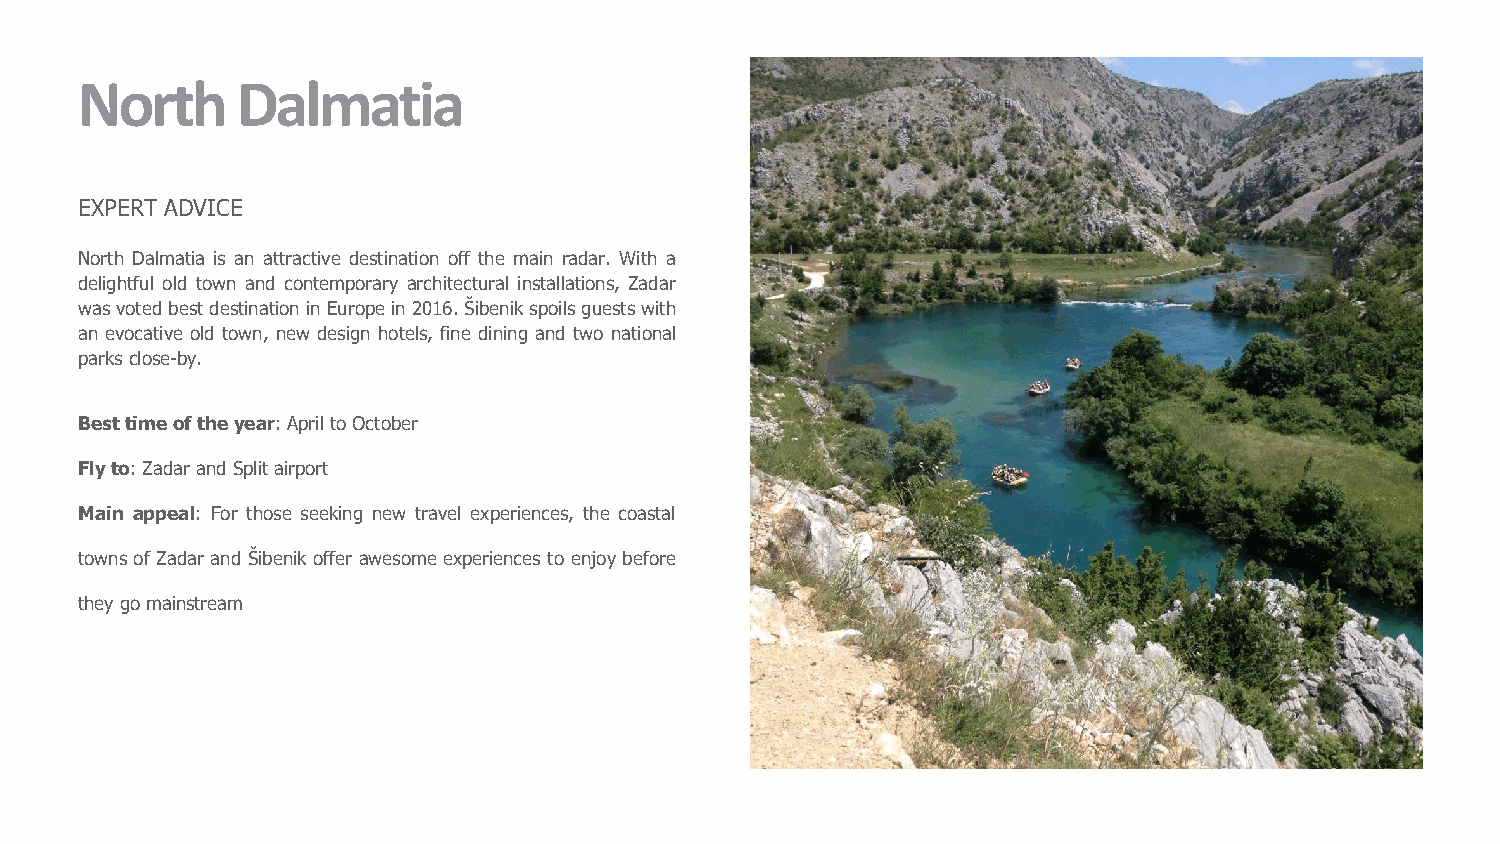
North      Dalmatia
 EXPERT ADVICE
 North Dalmatia is an attractive destination off the main radar. With a
 delightful old town and contemporary architectural installations, Zadar
 wasvoted best destinationin Europein2016.Šibenikspoilsguestswith
 an evocative old town, new design hotels, fine dining and two national
 parks close-by.
 Besttimeoftheyear:ApriltoOctober
 Flyto:Zadar andSplitairport
 Main appeal: For those seeking new travel experiences, the coastal
 towns of Zadar and Šibenik offer awesome experiences to enjoy before
 theygomainstream